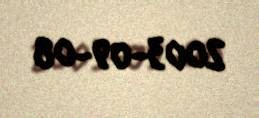
2003-09-08